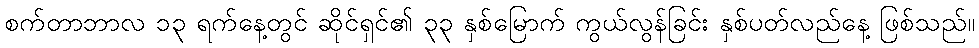
စက်တာဘာလ ၁၃ ရက်နေ့တွင် ဆိုင်ရှင်၏ ၃၃ နှစ်မြောက် ကွယ်လွန်ခြင်း နှစ်ပတ်လည်နေ့ ဖြစ်သည်။